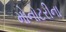
મોનોટરીના